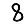
Digit: 8